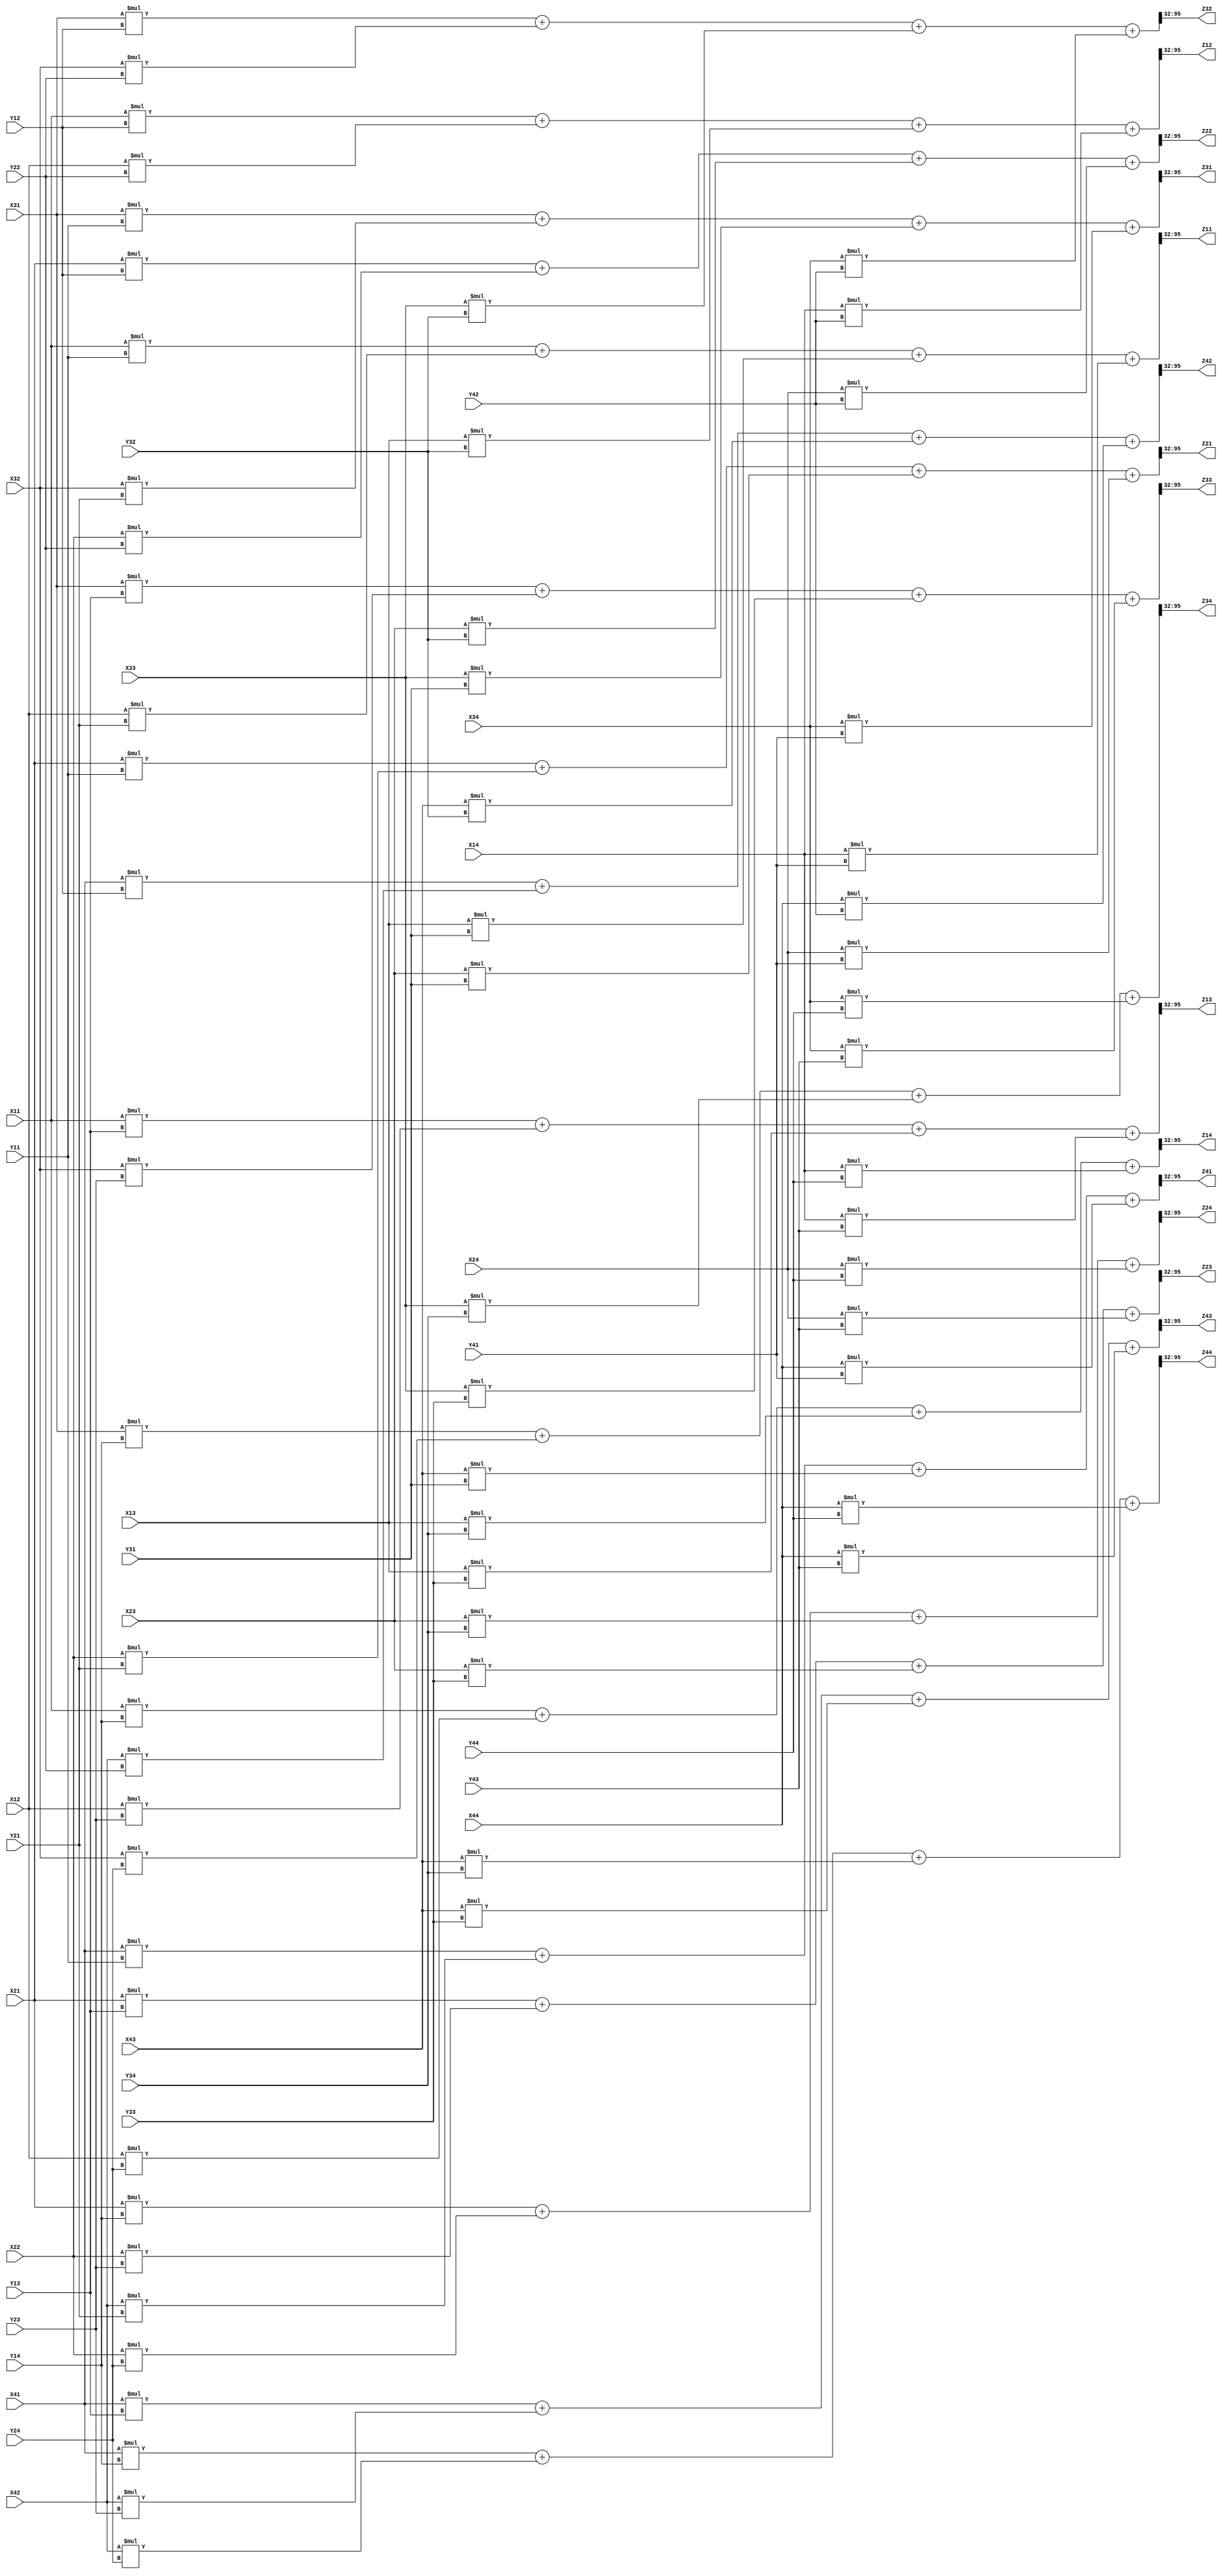
module QR_Multiplier(
X11,X12,X13,X14,
X21,X22,X23,X24,
X31,X32,X33,X34,
X41,X42,X43,X44,
Y11,Y12,Y13,Y14,
Y21,Y22,Y23,Y24,
Y31,Y32,Y33,Y34,
Y41,Y42,Y43,Y44,
Z11,Z12,Z13,Z14,
Z21,Z22,Z23,Z24,
Z31,Z32,Z33,Z34,
Z41,Z42,Z43,Z44);

input signed [63:0] X11,X12,X13,X14,X21,X22,X23,X24,X31,X32,X33,X34,X41,X42,X43,X44;
input signed [63:0] Y11,Y12,Y13,Y14,Y21,Y22,Y23,Y24,Y31,Y32,Y33,Y34,Y41,Y42,Y43,Y44;
output wire signed [63:0] Z11,Z12,Z13,Z14,Z21,Z22,Z23,Z24,Z31,Z32,Z33,Z34,Z41,Z42,Z43,Z44;

wire signed [127:0] XY11,XY12,XY13,XY14,XY21,XY22,XY23,XY24,XY31,XY32,XY33,XY34,XY41,XY42,XY43,XY44;

assign XY11 = X11*Y11 + X12*Y21 + X13*Y31 + X14*Y41;
assign XY12 = X11*Y12 + X12*Y22 + X13*Y32 + X14*Y42;
assign XY13 = X11*Y13 + X12*Y23 + X13*Y33 + X14*Y43;
assign XY14 = X11*Y14 + X12*Y24 + X13*Y34 + X14*Y44;
assign XY21 = X21*Y11 + X22*Y21 + X23*Y31 + X24*Y41;
assign XY22 = X21*Y12 + X22*Y22 + X23*Y32 + X24*Y42;
assign XY23 = X21*Y13 + X22*Y23 + X23*Y33 + X24*Y43;
assign XY24 = X21*Y14 + X22*Y24 + X23*Y34 + X24*Y44;
assign XY31 = X31*Y11 + X32*Y21 + X33*Y31 + X34*Y41;
assign XY32 = X31*Y12 + X32*Y22 + X33*Y32 + X34*Y42;
assign XY33 = X31*Y13 + X32*Y23 + X33*Y33 + X34*Y43;
assign XY34 = X31*Y14 + X32*Y24 + X33*Y34 + X34*Y44;
assign XY41 = X41*Y11 + X42*Y21 + X43*Y31 + X44*Y41;
assign XY42 = X41*Y12 + X42*Y22 + X43*Y32 + X44*Y42;
assign XY43 = X41*Y13 + X42*Y23 + X43*Y33 + X44*Y43;
assign XY44 = X41*Y14 + X42*Y24 + X43*Y34 + X44*Y44;

assign Z11 = XY11[95:32];
assign Z12 = XY12[95:32];
assign Z13 = XY13[95:32];
assign Z14 = XY14[95:32];
assign Z21 = XY21[95:32];
assign Z22 = XY22[95:32];
assign Z23 = XY23[95:32];
assign Z24 = XY24[95:32];
assign Z31 = XY31[95:32];
assign Z32 = XY32[95:32];
assign Z33 = XY33[95:32];
assign Z34 = XY34[95:32];
assign Z41 = XY41[95:32];
assign Z42 = XY42[95:32];
assign Z43 = XY43[95:32];
assign Z44 = XY44[95:32];

endmodule